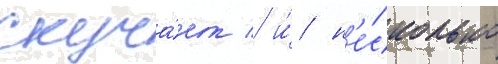
скуча́ет / и́ н'е́сколько